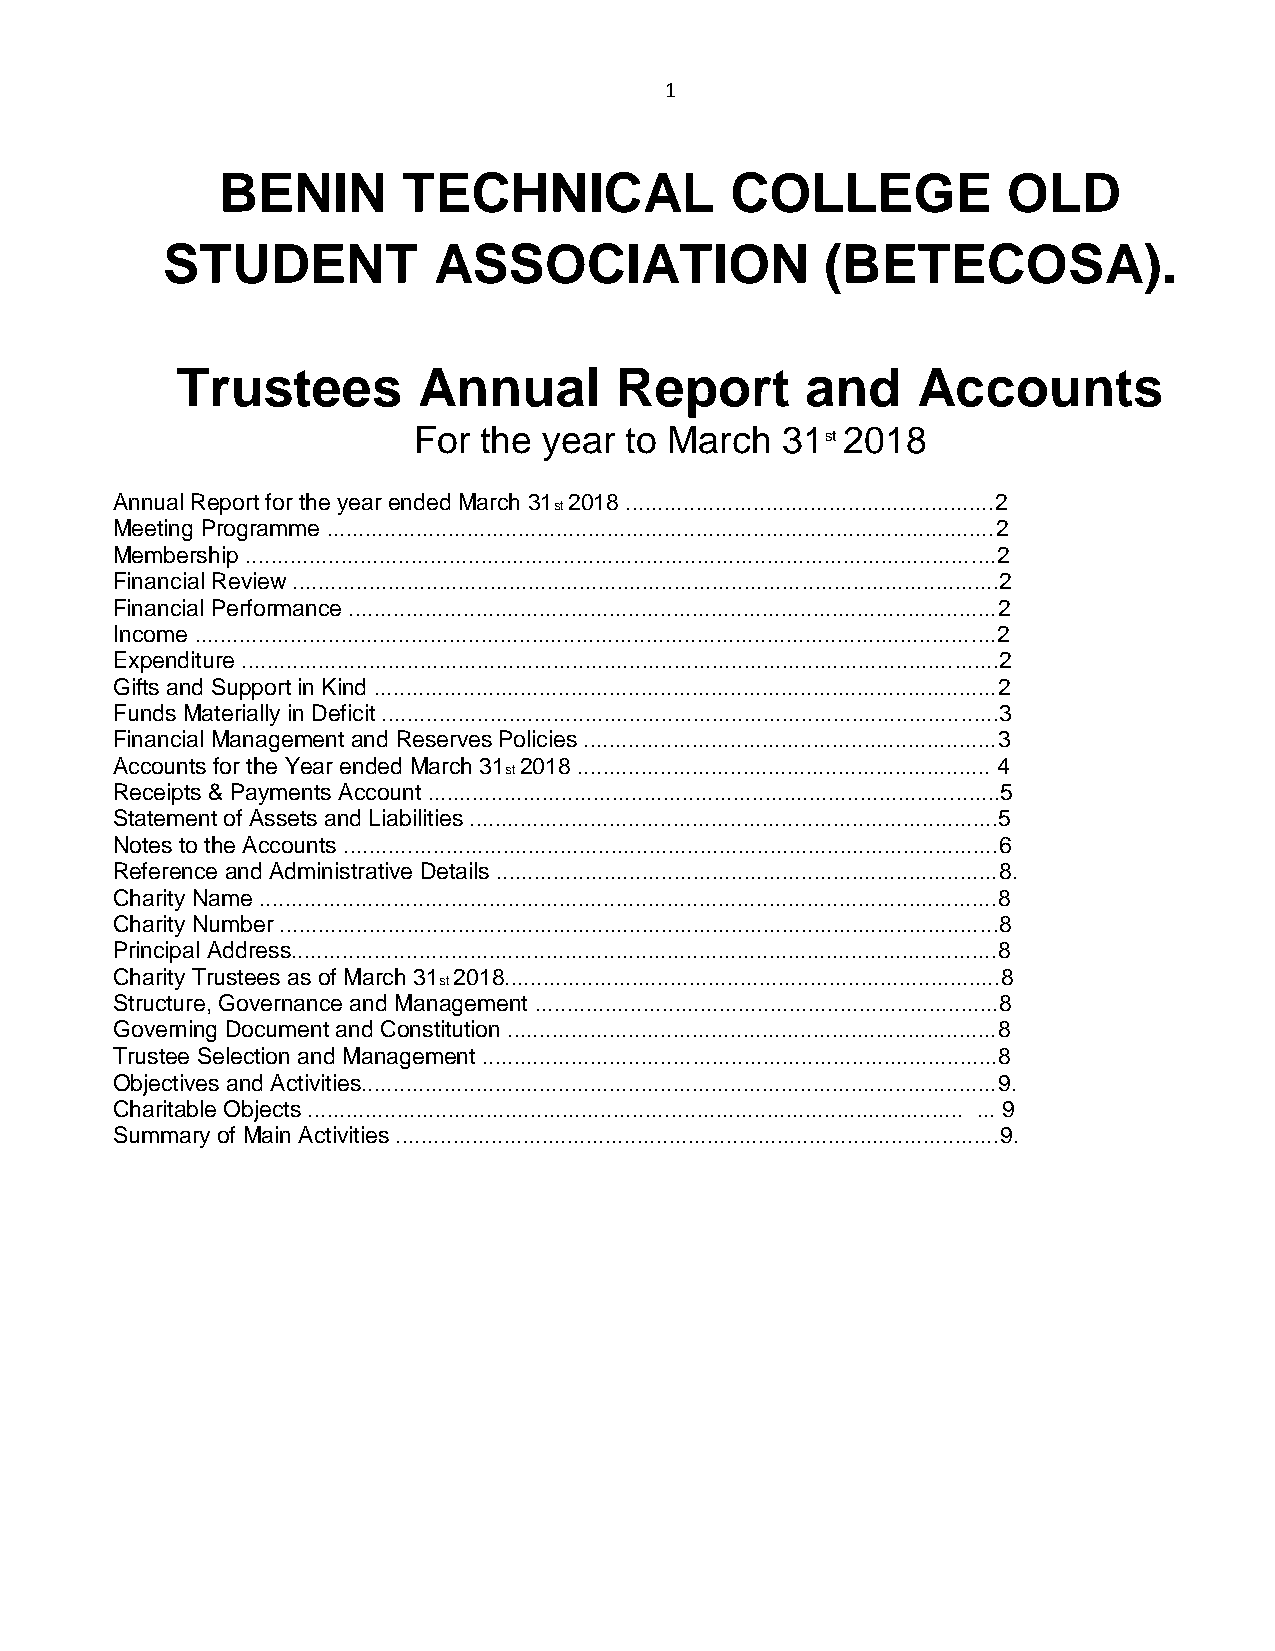
1
 BENIN       TECHNICAL            COLLEGE            OLD
 STUDENT           ASSOCIATION               (BETECOSA).
 Trustees        Annual       Report      and     Accounts
 For  the year to March   31st 2018
 Annual Report for the year ended March 31 2018 ..........................................................2
 st
 Meeting Programme .........................................................................................................2
 Membership ......................................................................................................................2
 Financial Review ...............................................................................................................2
 Financial Performance ......................................................................................................2
 Income ..............................................................................................................................2
 Expenditure .......................................................................................................................2
 Gifts and Support in Kind ..................................................................................................2
 Funds Materially in Deficit .................................................................................................3
 Financial Management and Reserves Policies .................................................................3
 Accounts for the Year ended March 31 2018 ................................................................. 4
 st
 Receipts & Payments Account ..........................................................................................5
 Statement of Assets and Liabilities ...................................................................................5
 Notes to the Accounts .......................................................................................................6
 Reference and Administrative Details ...............................................................................8.
 Charity Name ....................................................................................................................8
 Charity Number .................................................................................................................8
 Principal Address...............................................................................................................8
 Charity Trustees as of March 31 2018..............................................................................8
 st
 Structure, Governance and Management .........................................................................8
 Governing Document and Constitution .............................................................................8
 Trustee Selection and Management .................................................................................8
 Objectives and Activities....................................................................................................9.
 Charitable Objects ....................................................................................................... ... 9
 Summary of Main Activities ...............................................................................................9.